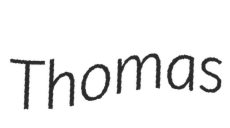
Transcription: Thomas